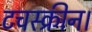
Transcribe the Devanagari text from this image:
टचस्क्रीन।